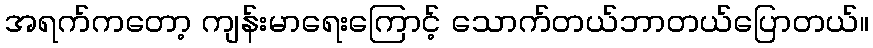
အရက်ကတော့ ကျန်းမာရေးကြောင့် သောက်တယ်ဘာတယ်ပြောတယ်။